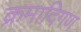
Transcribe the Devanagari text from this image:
क्रमादिगण